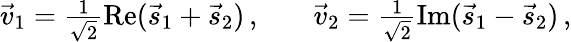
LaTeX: \begin{array}{rlr}{\vec{v}_{1}=\frac{1}{\sqrt{2}}\operatorname{Re}(\vec{s}_{1}+\vec{s}_{2})\, ,}&{{}}&{\vec{v}_{2}=\frac{1}{\sqrt{2}}\operatorname{Im}(\vec{s}_{1}-\vec{s}_{2})\, ,}\end{array}